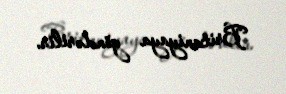
Britaniyaya göndərilir.